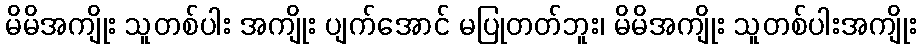
မိမိအကျိုး သူတစ်ပါး အကျိုး ပျက်အောင် မပြုတတ်ဘူး၊ မိမိအကျိုး သူတစ်ပါးအကျိုး